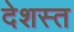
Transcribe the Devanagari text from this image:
देशस्त